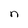
Character: n